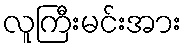
လူကြီးမင်းအား